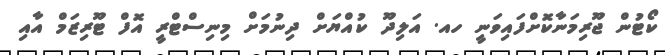
ކޯޓުން ޖޫރިމަނާކޮށްފައިވަނީ ހއ. އަލިދޫ ކުއްޔަށް ދިނުމަށް މިނިސްޓްރީ އޮފް ޓޫރިޒަމް އާއި